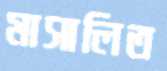
মাসালিত